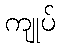
ကျုပ်